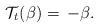
LaTeX: \begin{align*} \mathcal{T}_t(\beta)=\,-\beta. \end{align*}